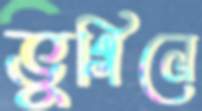
ভুগিলে